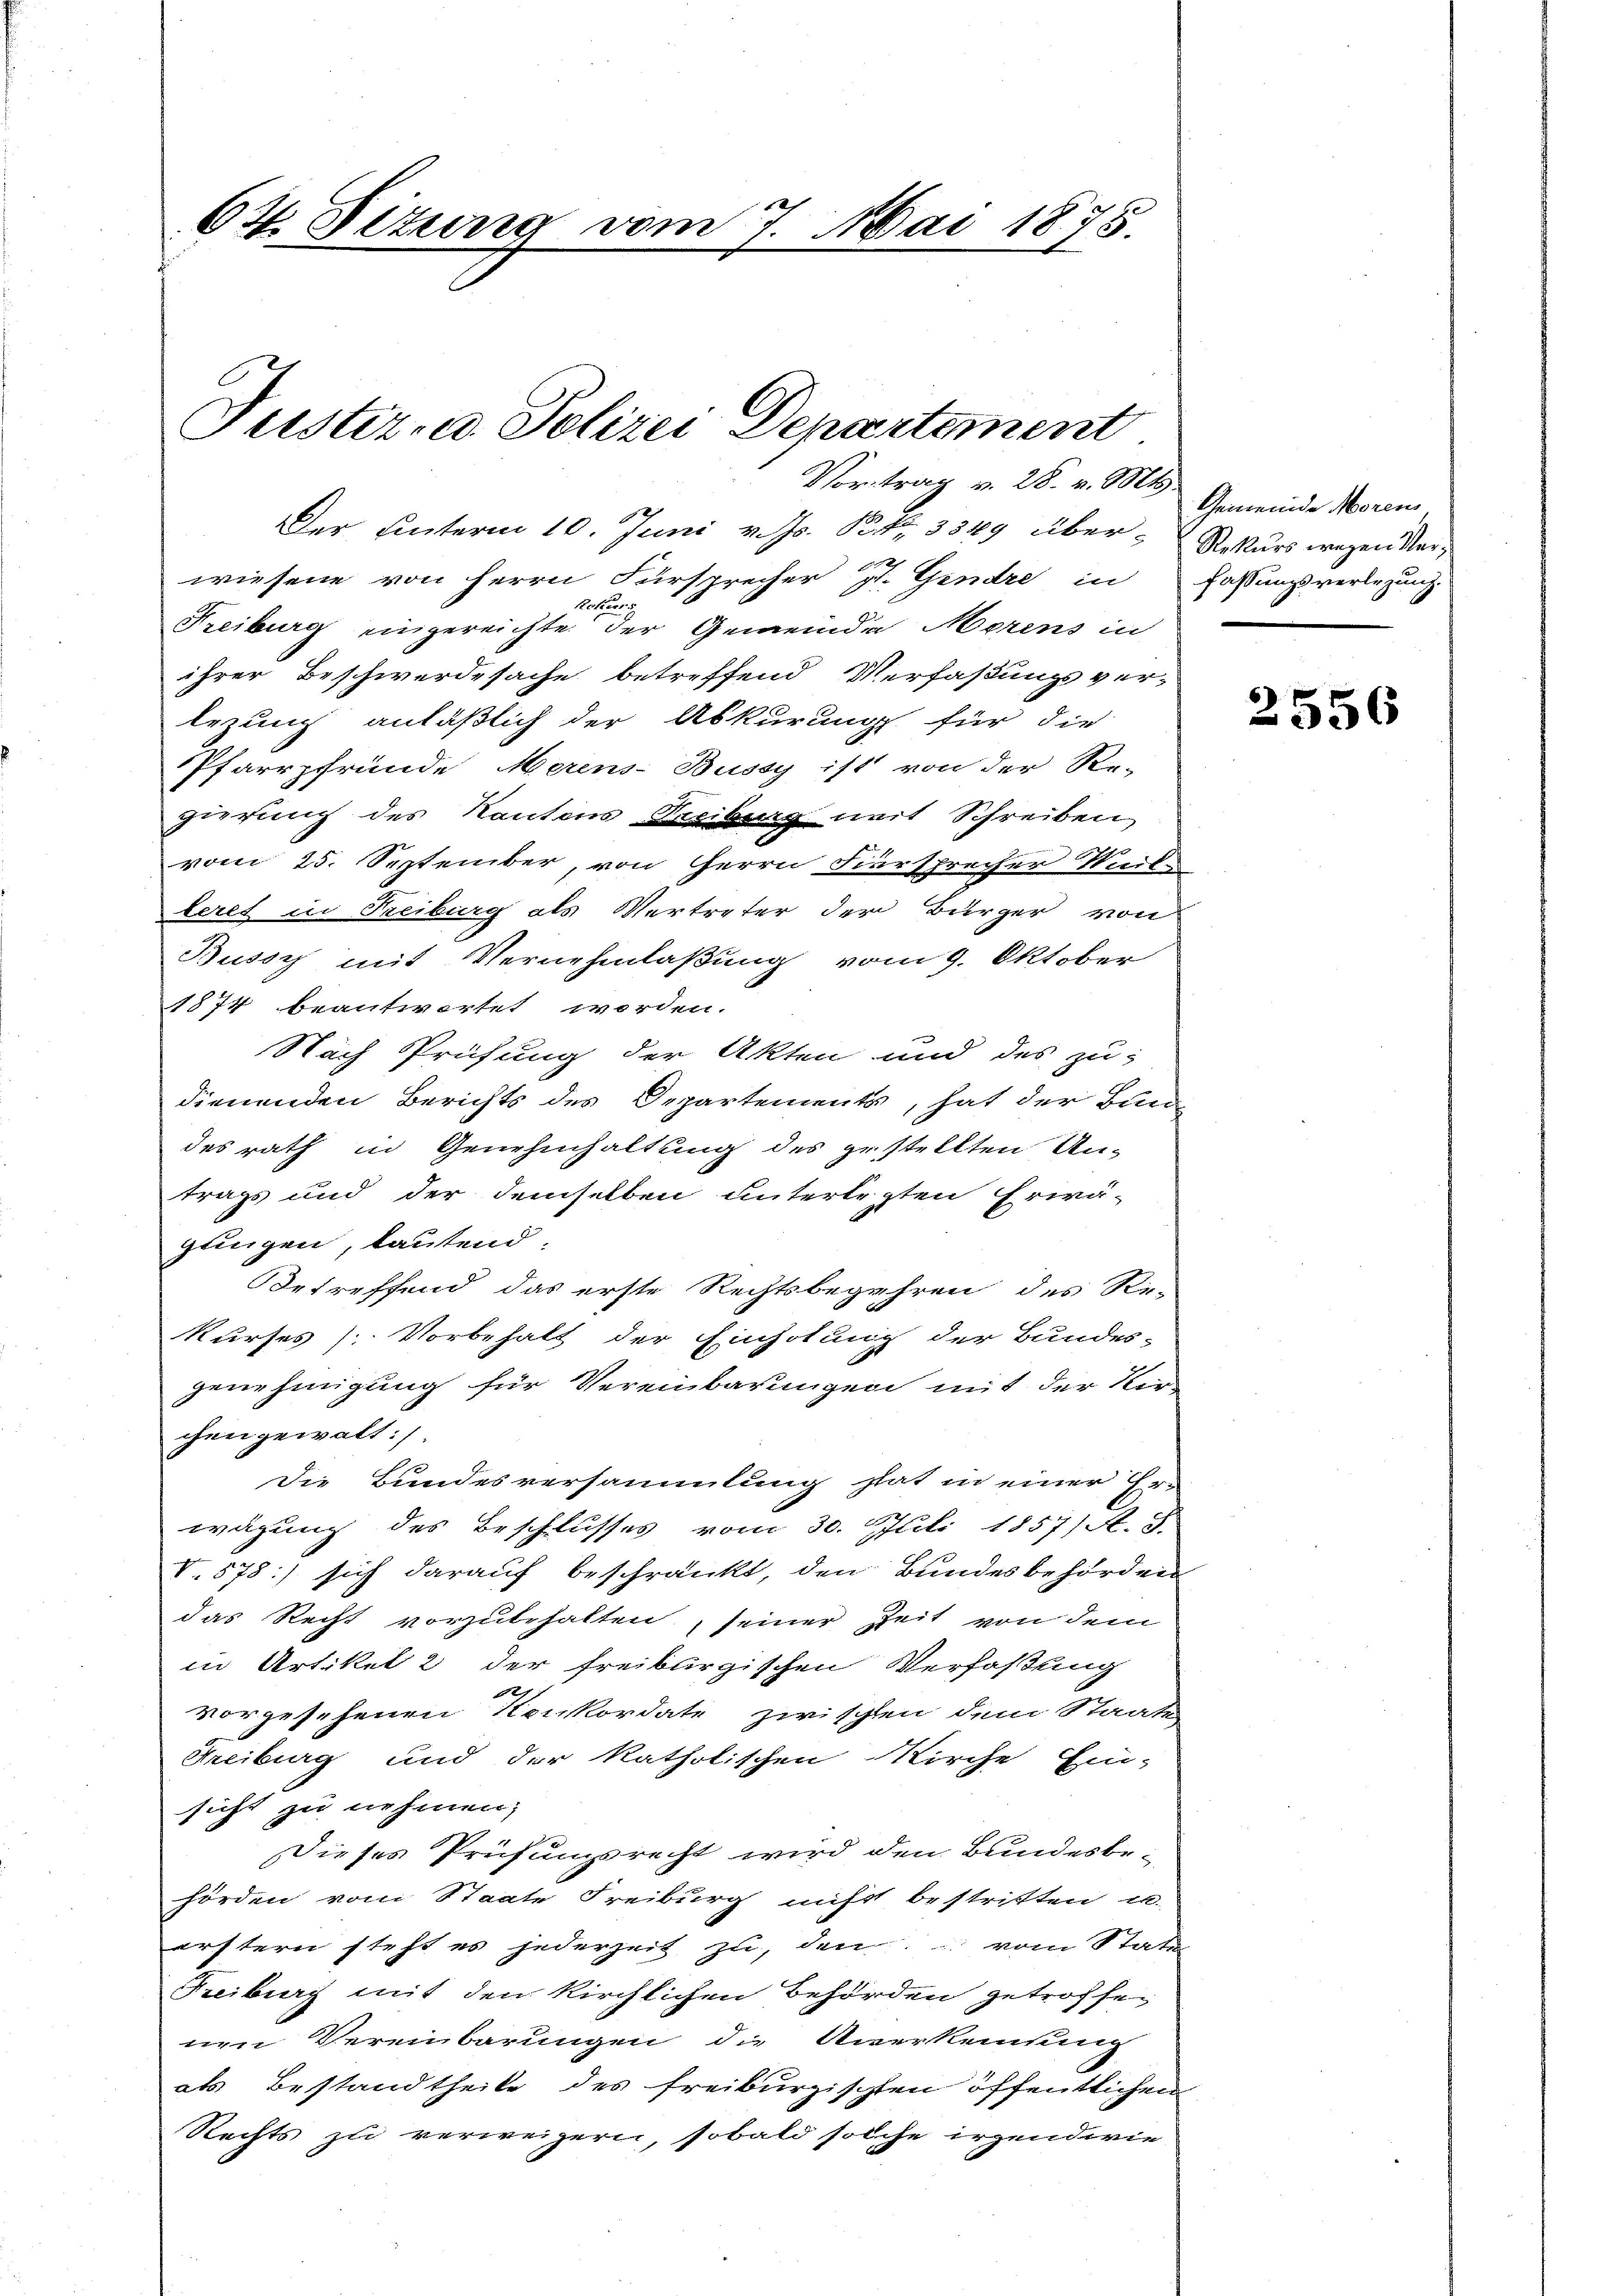
64. Situng vom 7. Mai 1875.

Justiz- u. Polizei Departement
Vortrag v. 28. v. Mts.

Der hinterm 10. Juni v. Js. Nr. 3349 über-Rekurs wegen Verwiesene von Herrn Fürsprecher St. Gendre in Fassungsverlegung
Rettung
Freiburg eingereichte der Gemeinde Merens in
ihrer Beschwerdesache betreffend Verfaßungsver-
lezung anläßlich der Abkurung für die
Pfarrpfründe Merens-Bussy ist von der Re-
gierung des Kantons Freiburg mit Schreiben
vom 25. September, von Herrn Fiersprecher Weile
leret in Freiburg als Vertreter der Bürger von
Bussy mit Vernehmlaßung vom 9. Oktober
1874 beantwortet worden.
Nach Prüfung der Akten und des zu-
dienenden Berichts des Departements, hat der Ban
des rath in Genehmhaltung des gestellten Un-
trags und der demselben unterlegten Erwä-
gungen, lautend.
Betreffend das erste Rechtsbegehren des Re-
kurses / Vorbehalt der Einholung der Bundes-
genehmigung für Vereinbarungen mit der Kir
chen gewalt:
Die Bundesversammlung hat in einer Er-
wägung des Beschlusses vom 30. Juli 1857/ A. S.
V.578) sich darauf beschränkt, den Bundesbehörden
das Recht vorzubehalten, seiner Zeit von dem
in Artikel 2 der freiburgischen Verfaßung
1
vorgesehenen Konkordate zwischen dem Staaten
Freiburg und der katholischen Kirche Ein-
sicht zu nehmen;
Dieses Prüfungsrecht wird den Bundesbe-
hörden vom Staate Freiburg nicht bestritten u.
erstern steht es jederzeit zu, den vom Statu
Freiburg mit den kirchlichen Behörden getroffe-
nen Vereinbarungen die Anerkennung
als Bestandtheile des freiburgischten öffentlichen
Rechts zu verweigern, sobald solche irgendwie

Gemeinde Morens

2556